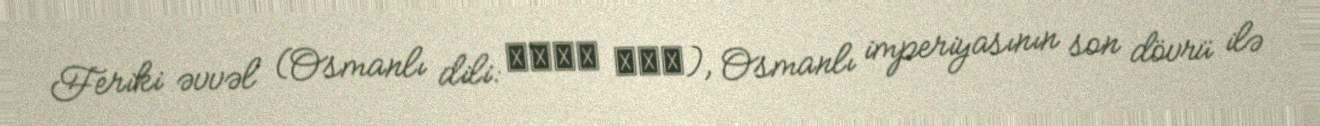
Feriki əvvəl (Osmanlı dili: فریق اول), Osmanlı imperiyasının son dövrü ilə